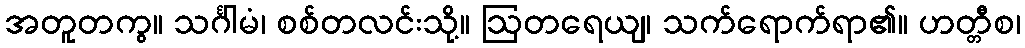
အတူတကွ။ သင်္ဂါမံ၊ စစ်တလင်းသို့။ ဩတရေယျ၊ သက်ရောက်ရာ၏။ ဟတ္တီစ၊